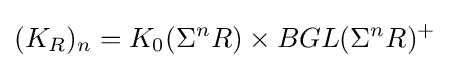
(K_{R})_{n}=K_{0}(\Sigma ^{n}R)\times BGL(\Sigma ^{n}R)^{+}